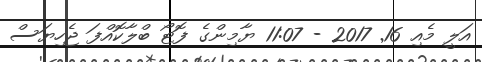
އަލީ މެއި 16